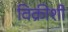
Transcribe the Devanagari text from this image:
विक्रीशी